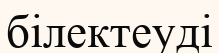
білектеуді